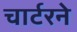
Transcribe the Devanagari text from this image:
चार्टरने